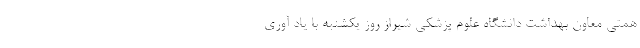
همتی معاون بهداشت دانشگاه علوم پزشکی شیراز روز یکشنبه با یاد آوری